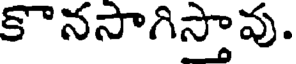
కొనసాగిస్తావు.